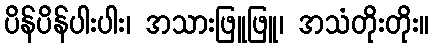
ပိန်ပိန်ပါးပါး၊ အသားဖြူဖြူ၊ အသံတိုးတိုး။